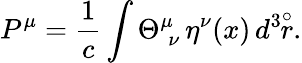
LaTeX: P^{\mu}=\frac{1}{c}\int\Theta_{\; \nu}^{\mu}\, \eta^{\nu}(x)\, d^{3}\! \! \stackrel{\circ}{r}.